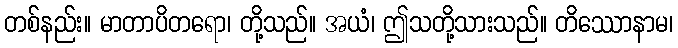
တစ်နည်း။ မာတာပိတရော၊ တို့သည်။ အယံ၊ ဤသတို့သားသည်။ တိဿောနာမ၊